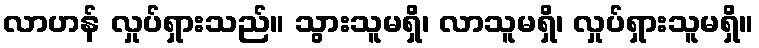
လာဟန် လှုပ်ရှားသည်။ သွားသူမရှိ၊ လာသူမရှိ၊ လှုပ်ရှားသူမရှိ။